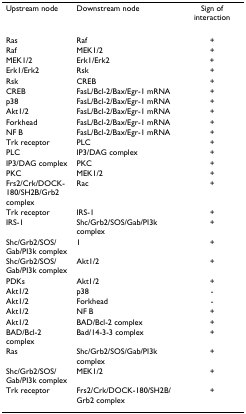
<table><thead><tr><td><b>Upstream node</b></td><td><b>Downstream node</b></td><td><b>Sign of interaction</b></td></tr></thead><tbody><tr><td>Ras</td><td>Raf</td><td>+</td></tr><tr><td>Raf</td><td>MEK1/2</td><td>+</td></tr><tr><td>MEK1/2</td><td>Erk1/Erk2</td><td>+</td></tr><tr><td>Erk1/Erk2</td><td>Rsk</td><td>+</td></tr><tr><td>Rsk</td><td>CREB</td><td>+</td></tr><tr><td>CREB</td><td>FasL/Bcl-2/Bax/Egr-1 mRNA</td><td>+</td></tr><tr><td>p38</td><td>FasL/Bcl-2/Bax/Egr-1 mRNA</td><td>+</td></tr><tr><td>Akt1/2</td><td>FasL/Bcl-2/Bax/Egr-1 mRNA</td><td>+</td></tr><tr><td>Forkhead</td><td>FasL/Bcl-2/Bax/Egr-1 mRNA</td><td>+</td></tr><tr><td>NF<i>κ</i>B</td><td>FasL/Bcl-2/Bax/Egr-1 mRNA</td><td>+</td></tr><tr><td>Trk receptor</td><td>PLC<i>γ</i></td><td>+</td></tr><tr><td>PLC<i>γ</i></td><td>IP3/DAG complex</td><td>+</td></tr><tr><td>IP3/DAG complex</td><td>PKC<i>δ</i></td><td>+</td></tr><tr><td>PKC<i>δ</i></td><td>MEK1/2</td><td>+</td></tr><tr><td>Frs2/Crk/DOCK-180/SH2B/Grb2 complex</td><td>Rac</td><td>+</td></tr><tr><td>Trk receptor</td><td>IRS-1</td><td>+</td></tr><tr><td>IRS-1</td><td>Shc/Grb2/SOS/Gab/PI3k complex</td><td>+</td></tr><tr><td>Shc/Grb2/SOS/Gab/PI3k complex</td><td>1</td><td>+</td></tr><tr><td>Shc/Grb2/SOS/Gab/PI3k complex</td><td>Akt1/2</td><td>+</td></tr><tr><td>PDKs</td><td>Akt1/2</td><td>+</td></tr><tr><td>Akt1/2</td><td>p38</td><td>-</td></tr><tr><td>Akt1/2</td><td>Forkhead</td><td>-</td></tr><tr><td>Akt1/2</td><td>NF<i>κ</i>B</td><td>+</td></tr><tr><td>Akt1/2</td><td>BAD/Bcl-2 complex</td><td>+</td></tr><tr><td>BAD/Bcl-2 complex</td><td>Bad/14-3-3 complex</td><td>+</td></tr><tr><td>Ras</td><td>Shc/Grb2/SOS/Gab/PI3k complex</td><td>+</td></tr><tr><td>Shc/Grb2/SOS/Gab/PI3k complex</td><td>MEK1/2</td><td>+</td></tr><tr><td>Trk receptor</td><td>Frs2/Crk/DOCK-180/SH2B/Grb2 complex</td><td>+</td></tr></tbody></table>